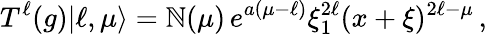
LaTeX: T^{\ell}(g)|\ell,\mu\rangle=\mathbb{N}(\mu)\, e^{a(\mu-\ell)}\xi_{1}^{2\ell}(x+\xi)^{2\ell-\mu}\, ,